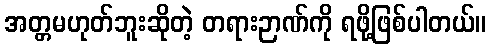
အတ္တမဟုတ်ဘူးဆိုတဲ့ တရားဉာဏ်ကို ရဖို့ဖြစ်ပါတယ်။